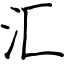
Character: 汇